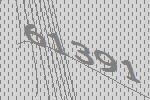
61391